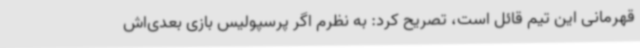
قهرمانی این تیم قائل است، تصریح کرد: به نظرم اگر پرسپولیس بازی بعدی‌اش